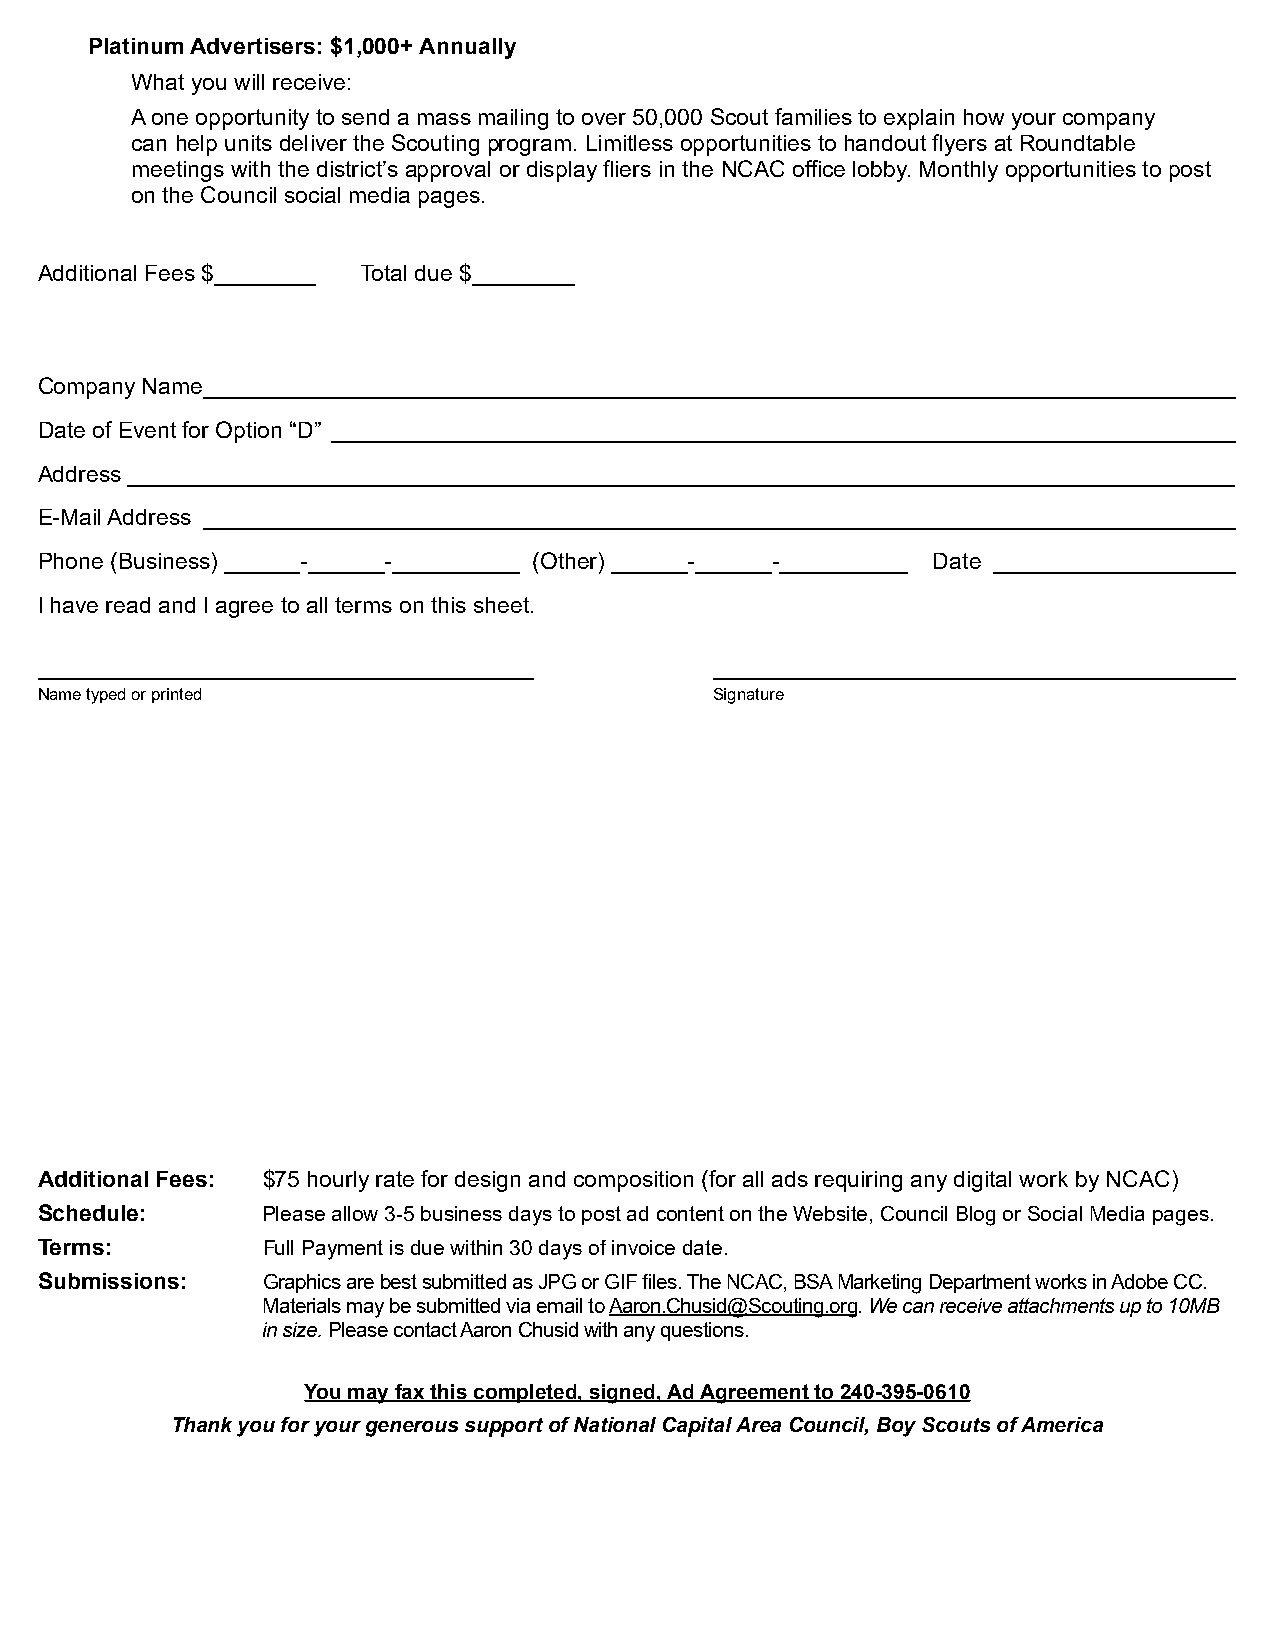
Platinum Advertisers: $1,000+ Annually
 What you will receive:
 A one opportunity to send a mass mailing to over 50,000 Scout families to explain how your company
 can help units deliver the Scouting program. Limitless opportunities to handout flyers at Roundtable
 meetings with the district’s approval or display fliers in the NCAC office lobby. Monthly opportunities to post
 on the Council social media pages.
 Additional Fees $________ Total due $________
 Company Name _________________________________________________________________________________
 Date of Event for Option “D” _______________________________________________________________________
 Address _______________________________________________________________________________________
 E-Mail Address _________________________________________________________________________________
 Phone (Business) ______-______-__________ (Other) ______-______-__________ Date ___________________
 I have read and I agree to all terms on this sheet.
 _______________________________________      _________________________________________
 Name typed or printed                        Signature
 Additional Fees: $75 hourly rate for design and composition (for all ads requiring any digital work by NCAC)
 Schedule:      Please allow 3-5 business days to post ad content on the Website, Council Blog or Social Media pages.
 Terms:         Full Payment is due within 30 days of invoice date.
 Submissions:   Graphics are best submitted as JPG or GIF files.T he NCAC, BSA Marketing Department works inA dobe CC.
 Materials may be submitted via email to Aaron.Chusid@Scouting.org. We can receive attachments up to 10MB
 in size. Please contact Aaron Chusid with any questions.
 You may fax this completed, signed, Ad Agreement to 240-395-0610
 Thank you for your generous support of National Capital Area Council, Boy Scouts of America